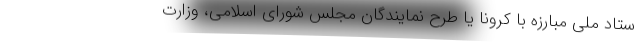
ستاد ملی مبارزه با کرونا یا طرح نمایندگان مجلس شورای اسلامی، وزارت